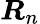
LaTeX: {\boldsymbol{R}}_{n}